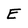
Character: E